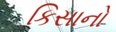
કિસાનો